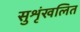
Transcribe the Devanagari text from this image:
सुशृंखलित